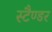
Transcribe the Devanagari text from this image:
स्टैण्डर